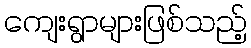
ကျေးရွာများဖြစ်သည့်